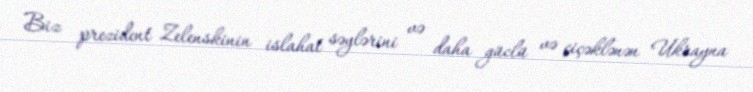
Biz prezident Zelenskinin islahat səylərini və daha güclü və çiçəklənən Ukrayna